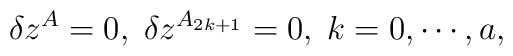
\delta z^{A}=0,\;\delta z^{A_{2k+1}}=0,\;k=0,\cdots ,a,